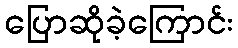
ပြောဆိုခဲ့ကြောင်း